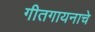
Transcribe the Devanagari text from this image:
गीतगायनाचे